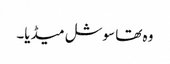
وہ تھا سوشل میڈیا۔